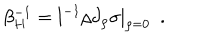
LaTeX: \beta _ { H } ^ { - 1 } = l ^ { - 1 } \rho \partial _ { \rho } \sigma | _ { \rho = 0 } ~ ~ .